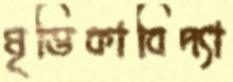
মৃত্তিকাবিদ্যা